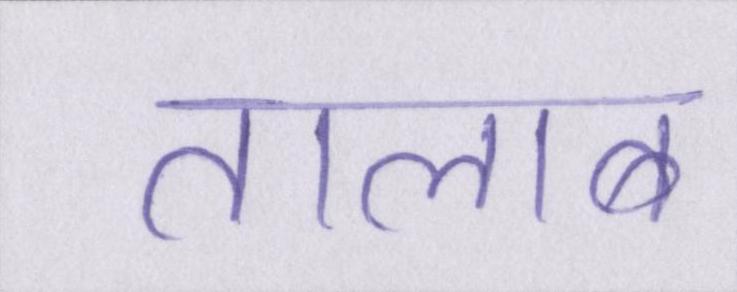
तालाब